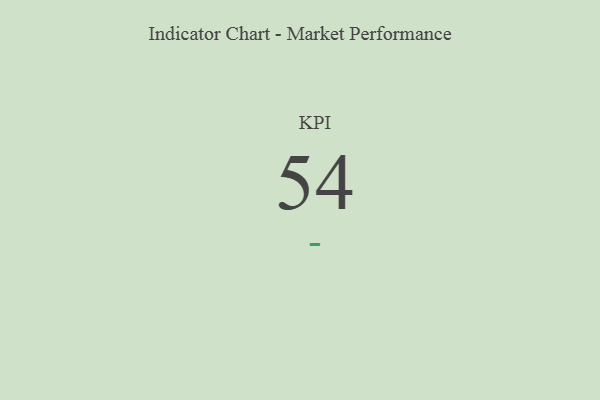
{"axis": {"x": "KPI", "y": "Value"}, "legend": [""], "data": [{"x": "KPI", "y": 54, "type": ""}]}